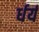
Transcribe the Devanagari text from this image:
र्धर्य